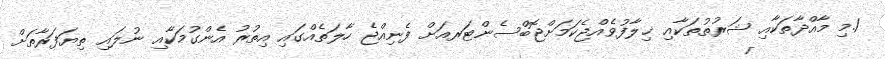
1.މި މާއްދާތަކާއި ޝަރުތުތަކާއި ޚިލާފުވެއްޖެކަމަށްޖޮބްސެންޓަރއަށް ފެނިއްޖެ ހާލަތެއްގައި އިތުރު އެންގުމަކާއި ނުލައި ތިޔަފަރާތަށް